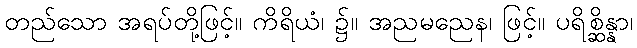
တည်သော အရပ်တို့ဖြင့်။ ကိရိယံ၊ ၌။ အညမညေန၊ ဖြင့်။ ပရိစ္ဆိန္နာ၊